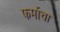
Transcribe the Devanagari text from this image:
फर्माचा